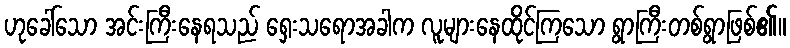
ဟုခေါ်သော အင်းကြီးနေရသည် ရှေးသရောအခါက လူများနေထိုင်ကြသော ရွာကြီးတစ်ရွာဖြစ်၏။